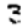
Digit: 3